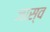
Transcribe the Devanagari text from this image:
जास्व